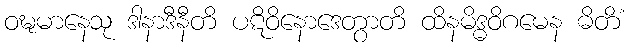
ဝဍ္ဎမာနေသု ဒါနာဒီနီတိ ပဋိဝိနောဒေတွာတိ ထိနမိဒ္ဓဝိဂမေန ဓိတိံ